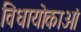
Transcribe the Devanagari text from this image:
विधायोकाओं